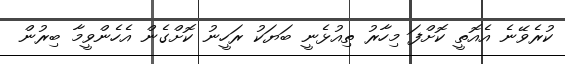
ކުރެވޭނެ އެއޮތީ ކޮށްފަ މިހާރު ތިއުޅެނީ ބަޔަކު ރަހީނު ކޮށްގެން އެހެންވީމާ ބިރުން